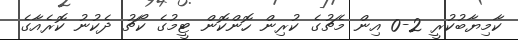
ކާމިޔާބުކުރީ 2-0 އިން މެޗުގެ ކުރިން ހޮންކޮން ޓީމުގެ ކޯޗު ދެކުނު ކޮރެއާގެ